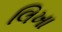
લિખા